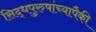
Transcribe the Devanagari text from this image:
सिद्धपुरुषांच्यापैकी